Civil Veterinary Department Bihar & Orissa reports 1911-21 - 1911-1921
Year: 1911
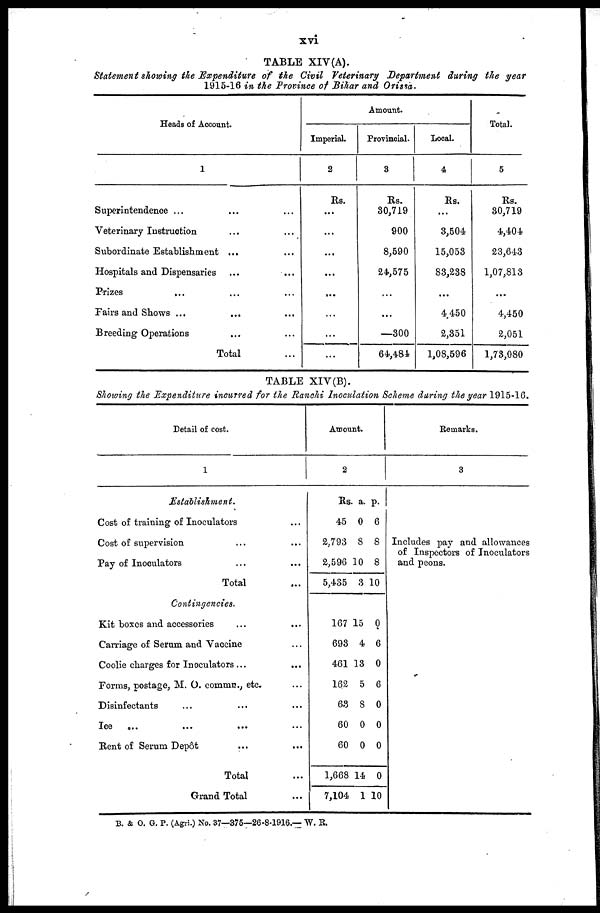
xvi
TABLE XIV (A).
Statement showing the Expenditure of the Civil Veterinary Department during the year
1915-16 in the Province of Bihar and Orissa.
Heads of Account.
1
Superintendence ... ... ...
Veterinary Instruction ... ...
Subordinate Establishment ... ...
Hospitals and Dispensaries ... ...
Prizes
... ... ...
Fairs and Shows ... ... ...
Breeding Operations ... ...
Total ...
Imperial.
2
Rs.
...
...
...
...
...
...
...
...
Amount.
Provincial.
3
Rs.
80,719
900
8,590
24,575
...
...
—300
64,484
Local.
4
Rs.
...
3,504.
15,053
83,238
...
4,450
2,351
1,08,596
Total.
5
Rs.
30,719
4,404
23,643
1,07,813
...
4,450
2,051
1,73,080
TABLE XIV (B).
Showing the Expenditure incurred for the Ranchi Inoculation Scheme during the year 1915-16.
Detail of cost.
1
Establishment.
Cost of training of Inoculators ...
Cost of supervision ... ...
Pay of Inoculators ... ...
Total ...
Contingencies.
Kit boxes and accessories ... ...
Carriage of Serum and Vaccine ...
Coolie charges for Inoculators ... ...
Forms, postage, M. O. commn., etc. ...
Disinfectants ... ... ...
Ice ... ... ... ...
Rent of Serum Depôt ... ...
Total ...
Grand Total ...
Amount.
2
Rs. a. p.
45 0 6
2,793 8 8
2,596 10 8
5,435 3 10
167 15 0
693 4 6
461 13 0
162 5 6
63 8 0
60 0 0
60 0 0
1,668 14 0
7,104 1 10
Remarks.
3
Includes pay and allowances
of Inspectors of Inoculators
and peons.
B. & O. G. P. (Agri.) No. 37—375—26-8-1916.— W. R.